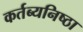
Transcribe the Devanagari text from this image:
कर्तब्यनिष्ठा